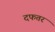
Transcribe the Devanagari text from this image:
दफतर